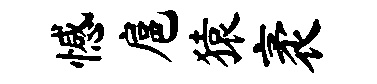
憾扈猿袤